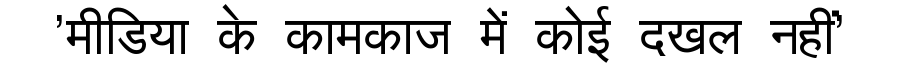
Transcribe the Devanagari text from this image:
'मीडिया के कामकाज में कोई दखल नहीं'